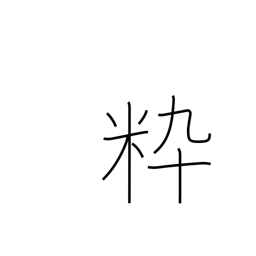
Meaning: chic